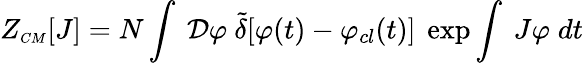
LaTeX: Z_{\scriptscriptstyle CM}[J]=N\int~{\cal D}\varphi~{\tilde{\delta}}[\varphi(t)-\varphi_{cl}(t)]~\exp\int~J\varphi\; dt